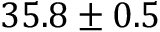
3 5 . 8 \pm 0 . 5